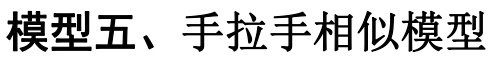
模型五、手拉手相似模型